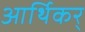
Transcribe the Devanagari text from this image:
आर्थिकर्